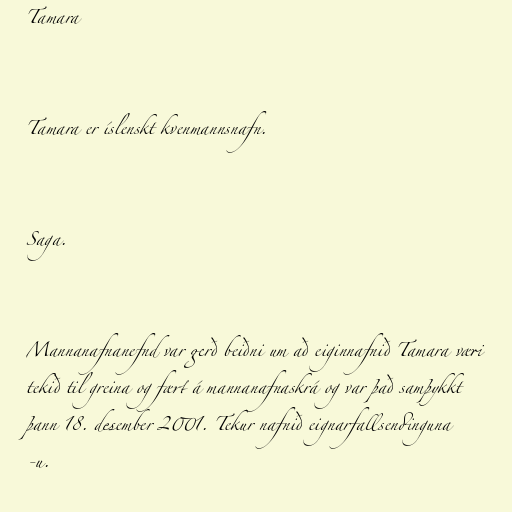
Tamara

Tamara er íslenskt kvenmannsnafn.

Saga.

Mannanafnanefnd var gerð beiðni um að eiginnafnið Tamara væri
tekið til greina og fært á mannanafnaskrá og var það samþykkt
þann 18. desember 2001. Tekur nafnið eignarfallsendinguna
-u.